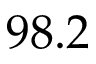
9 8 . 2